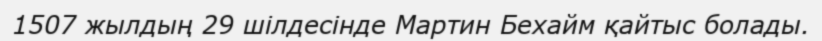
1507 жылдың 29 шілдесінде Мартин Бехайм қайтыс болады.